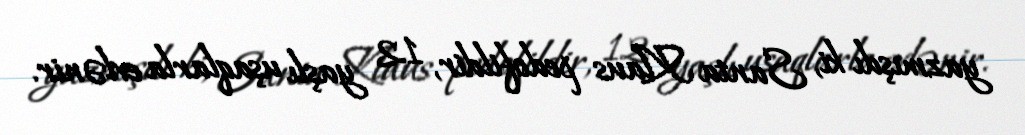
yazmışdı ki, Santa Klaus pedofildir, 12 yaşlı uşaqlarla evlənir.